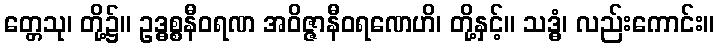
တ္တေသု၊ တို့၌။ ဥဒ္ဓစ္စနီဝရဏ အဝိဇ္ဇာနီဝရဏေဟိ၊ တို့နှင့်။ သဒ္ဓံ၊ လည်းကောင်း။